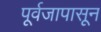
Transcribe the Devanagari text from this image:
पूर्वजापासून